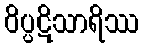
ဝိပ္ပဋိသာရိဿ